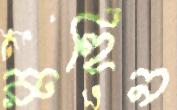
রুহিন